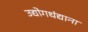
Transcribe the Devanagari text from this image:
उद्योगधंद्याना